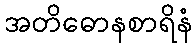
အတိဓောနစာရိနံ